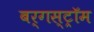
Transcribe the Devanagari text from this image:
बर्गस्ट्रॉम